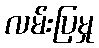
လမ်းပြမှု